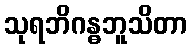
သုရဘိဂန္ဓဘူသိတာ